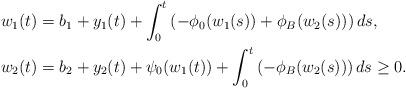
LaTeX: \begin{align*}w_1(t) &= b_1 + y_1(t) + \int_0^t\left(-\phi_0(w_1(s)) + \phi_B(w_2(s))\right)ds, \\w_2(t) &= b_2 + y_2(t) + \psi_0(w_1(t)) + \int_0^t\left(-\phi_B(w_2(s))\right)ds \ge 0. \end{align*}